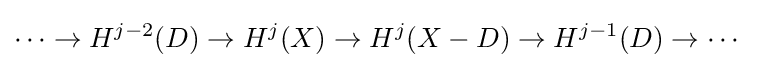
\cdots \to H^{j-2}(D)\to H^{j}(X)\to H^{j}(X-D)\to H^{j-1}(D)\to \cdots